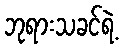
ဘုရားသခင်ရဲ့